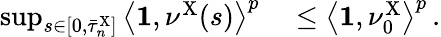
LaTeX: \begin{array}{rl}{\operatorname*{sup}_{s\in[0,\bar{\tau}_{n}^{\mathrm{X}}]}\left\langle\mathbf{1},\nu^{\mathrm{X}}(s)\right\rangle^{p}}&{{}\leq\left\langle\mathbf{1},\nu_{0}^{\mathrm{X}}\right\rangle^{p}\, .}\end{array}